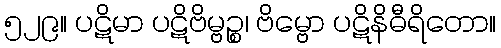
၅၂၉။ ပဋိမာ ပဋိဗိမ္ဗဉ္စ၊ ဗိမ္ဗော ပဋိနိဓီရိတော။